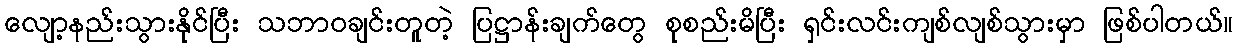
လျော့နည်းသွားနိုင်ပြီး သဘာဝချင်းတူတဲ့ ပြဋ္ဌာန်းချက်တွေ စုစည်းမိပြီး ရှင်းလင်းကျစ်လျစ်သွားမှာ ဖြစ်ပါတယ်။